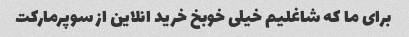
برای ما که شاغلیم خیلی خوبخ خرید انلاین از سوپرمارکت